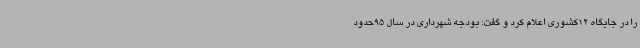
را در جایگاه 12کشوری اعلام کرد و گفت: بودجه شهرداری در سال 95حدود